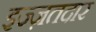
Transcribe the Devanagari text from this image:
इज्ज़तदार